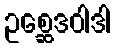
ဥစ္ဆေဒဝါဒါ